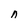
Character: n